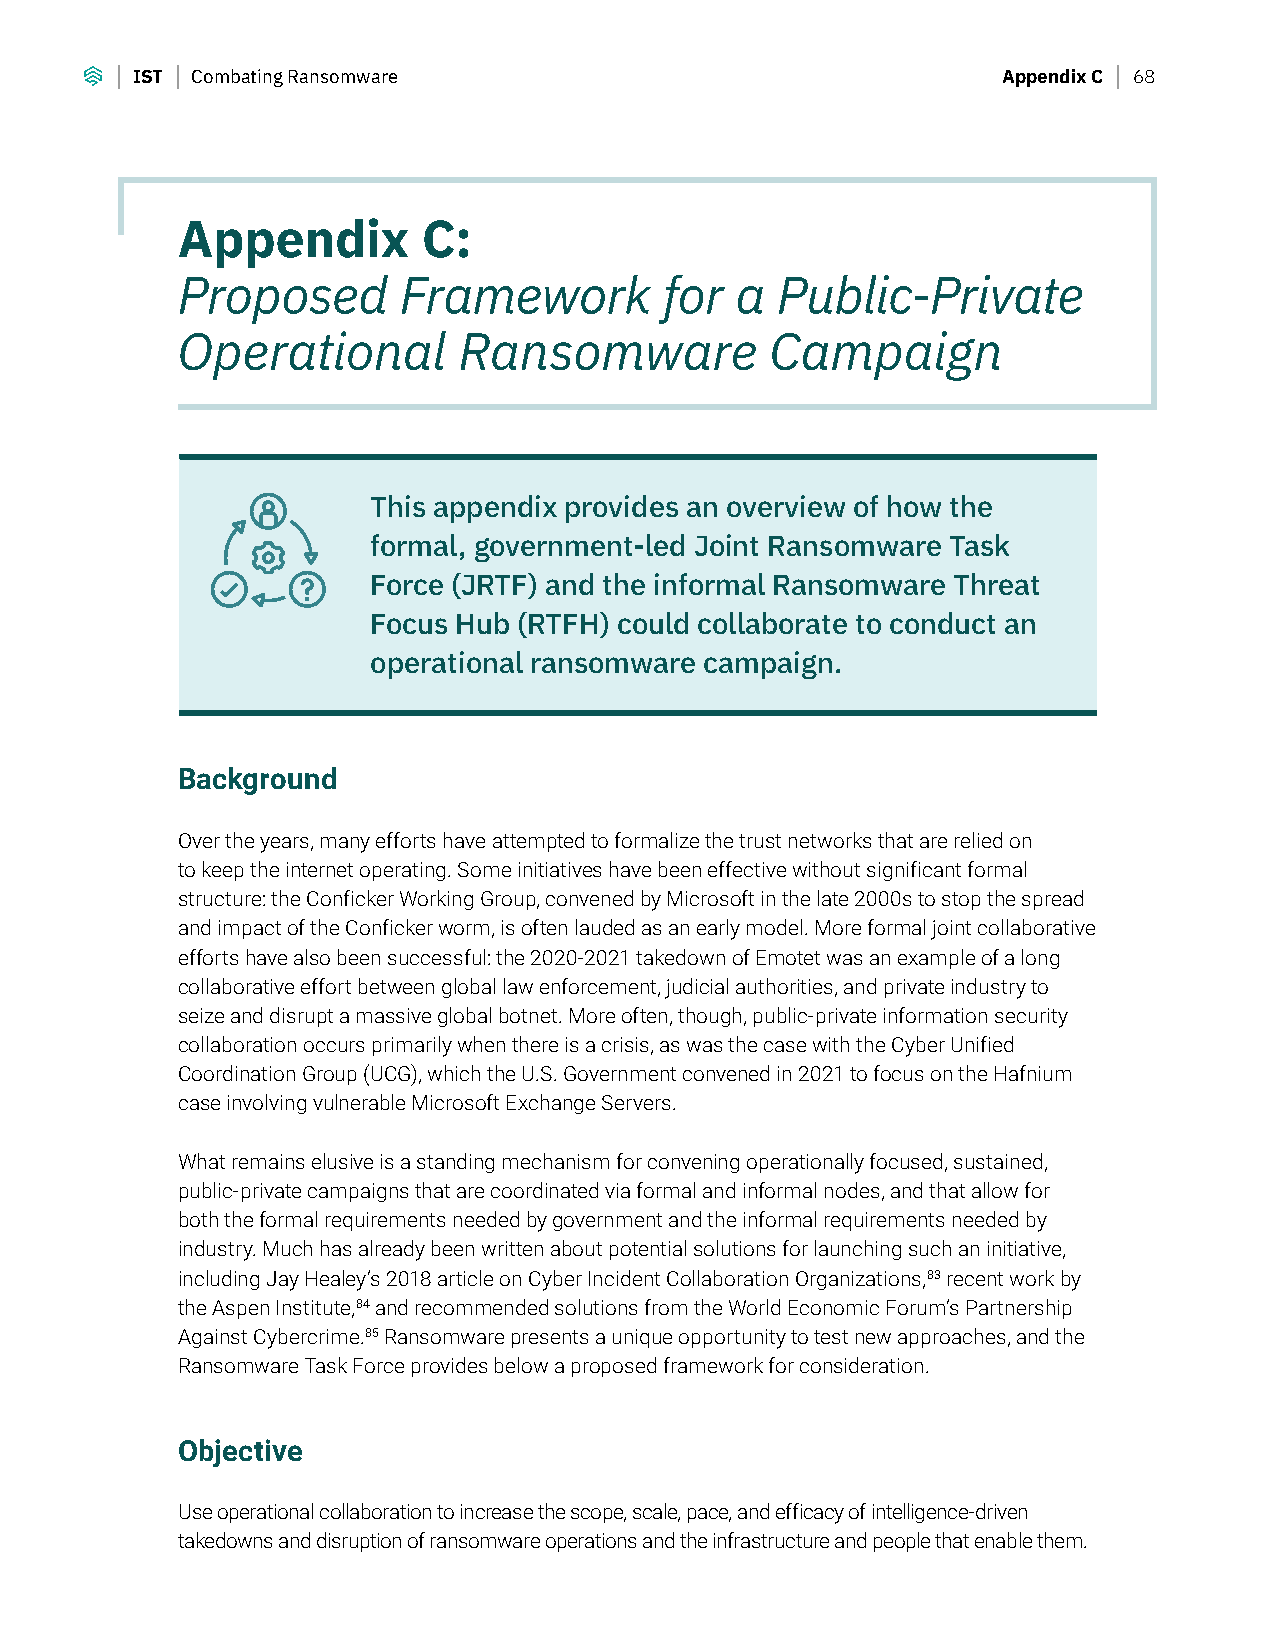
IST Combating Ransomware                                 Appendix C 68
 Appendix        C:
 Proposed      Framework         for  a Public-Private
 Operational       Ransomware           Campaign
 This appendix provides an overview of how the
 formal, government-led Joint Ransomware Task
 Force (JRTF) and the informal Ransomware Threat
 Focus Hub (RTFH) could collaborate to conduct an
 operational ransomware campaign.
 Background
 Over the years, many efforts have attempted to formalize the trust networks that are relied on
 to keep the internet operating. Some initiatives have been effective without significant formal
 structure: the Conficker Working Group, convened by Microsoft in the late 2000s to stop the spread
 and impact of the Conficker worm, is often lauded as an early model. More formal joint collaborative
 efforts have also been successful: the 2020-2021 takedown of Emotet was an example of a long
 collaborative effort between global law enforcement, judicial authorities, and private industry to
 seize and disrupt a massive global botnet. More often, though, public-private information security
 collaboration occurs primarily when there is a crisis, as was the case with the Cyber Unified
 Coordination Group (UCG), which the U.S. Government convened in 2021 to focus on the Hafnium
 case involving vulnerable Microsoft Exchange Servers.
 What remains elusive is a standing mechanism for convening operationally focused, sustained,
 public-private campaigns that are coordinated via formal and informal nodes, and that allow for
 both the formal requirements needed by government and the informal requirements needed by
 industry. Much has already been written about potential solutions for launching such an initiative,
 including Jay Healey’s 2018 article on Cyber Incident Collaboration Organizations,83 recent work by
 the Aspen Institute,84 and recommended solutions from the World Economic Forum’s Partnership
 Against Cybercrime.85 Ransomware presents a unique opportunity to test new approaches, and the
 Ransomware Task Force provides below a proposed framework for consideration.
 Objective
 Use operational collaboration to increase the scope, scale, pace, and efficacy of intelligence-driven
 takedowns and disruption of ransomware operations and the infrastructure and people that enable them.